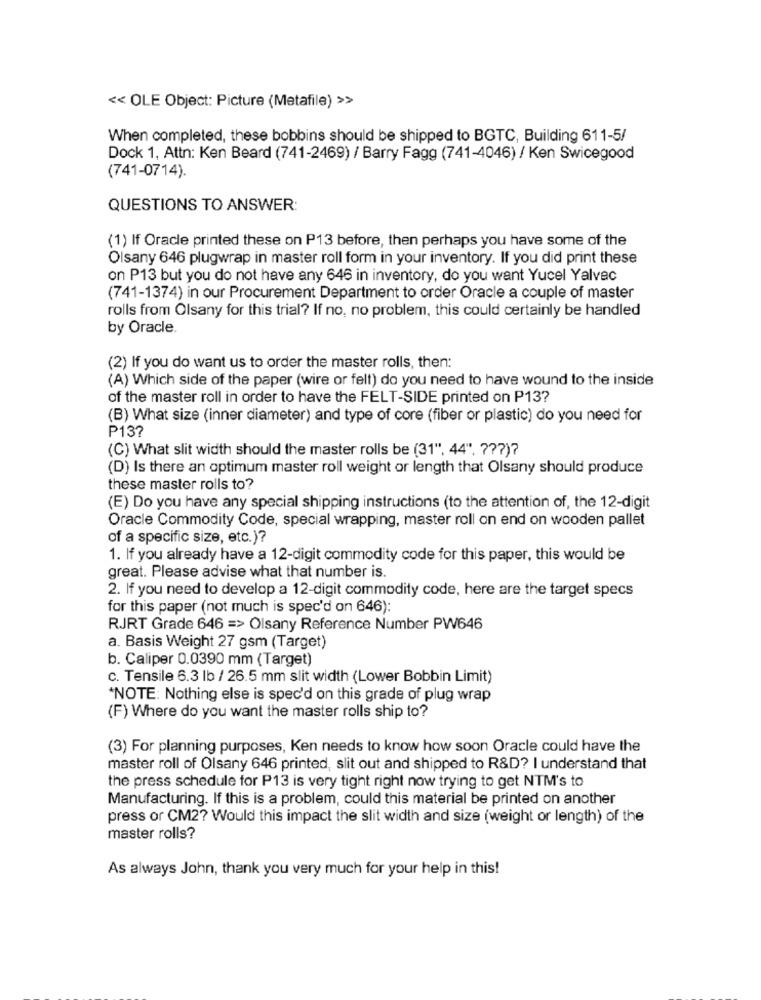
<< OLE Object: Picture (Metafile) >>
When completed, these bobbins should be shipped to BGTC, Building 611-5/
Dock 1, Attn: Ken Beard (741-2469) / Barry Fagg (741-4046) / Ken Swicegood
(741-0714).
QUESTIONS TO ANSWER:
(1) If Oracle printed these on P13 before, then perhaps you have some of the
Olsany 646 plugwrap in master roll form in your inventory. If you did print these
on P13 but you do not have any 646 in inventory, do you want Yucel Yalvec
(741-1374) in our Procurement Department to order Oracle a couple of master
rolls from Olsany for this trial? If no, no problem, this could certainly be handled
by Oracle.
(2) If you do want us to order the master rolls, then:
(A) Which side of the paper (wire or felt) do you need to have wound to the inside
of the master roll in order to have the FELT-SIDE printed on P13?
(B) What size (inner diameter) and type of core (fiber or plastic) do you need for
P13?
(C) What slit width should the master rolls be (31", 44", ??? )?
(D) Is there an optimum master roll weight or length that Olsany should produce
these master rolls to?
(E) Do you have any special shipping instructions (to the attention of, the 12-digit
Oracle Commodity Code, special wrapping, master roll on end on wooden pallet
of a specific size, etc.)?
1. If you already have a 12-digit commodity code for this paper, this would be
great. Please advise what that number is.
2. If you need to develop a 12-digit commodity code, here are the target specs
for this paper (not much is spec'd on 646):
RJRT Grade 646 => Olsany Reference Number PW646
a. Basis Weight 27 gsm (Target)
b. Caliper 0.0390 mm (Target)
c. Tensile 6.3 lb / 26.5 mm slit width (Lower Bobbin Limit)
*NOTE: Nothing else is spec'd on this grade of plug wrap
(F) Where do you want the master rolls ship to?
(3) For planning purposes, Ken needs to know how soon Oracle could have the
master roll of Olsany 646 printed, slit out and shipped to R&D? I understand that
the press schedule for P13 is very tight right now trying to get NTM's to
Manufacturing. If this is a problem, could this material be printed on another
press or CM2? Would this impact the slit width and size (weight or length) of the
master rolls?
As always John, thank you very much for your help in this!